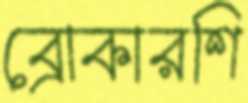
ব্রোকারশি